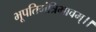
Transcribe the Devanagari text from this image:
भूपतिमंत्रिभावम्।।